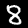
Label: 8